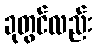
ခုတွင်လည်း